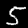
Label: 5